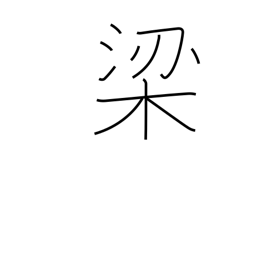
Meaning: fish trap